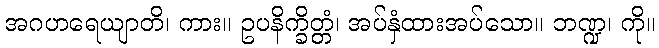
အဂဟရေယျာတိ၊ ကား။ ဥပနိက္ခိတ္တံ၊ အပ်နှံထားအပ်သော။ ဘဏ္ဍ၊ ကို။